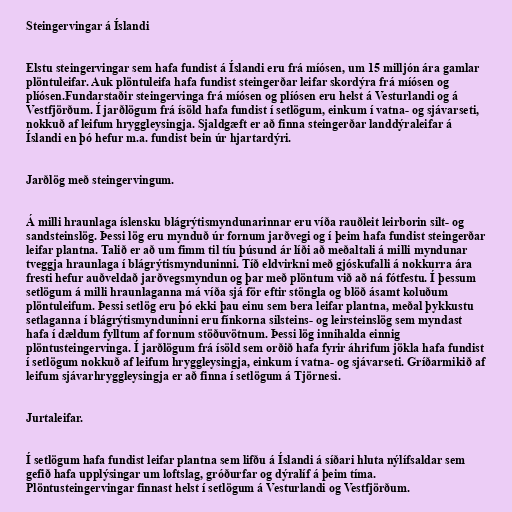
Steingervingar á Íslandi

Elstu steingervingar sem hafa fundist á Íslandi eru frá míósen, um 15 milljón ára gamlar
plöntuleifar. Auk plöntuleifa hafa fundist steingerðar leifar skordýra frá míósen og
plíósen.Fundarstaðir steingervinga frá míósen og plíósen eru helst á Vesturlandi og á
Vestfjörðum. Í jarðlögum frá ísöld hafa fundist í setlögum, einkum í vatna- og sjávarseti,
nokkuð af leifum hryggleysingja. Sjaldgæft er að finna steingerðar landdýraleifar á
Íslandi en þó hefur m.a. fundist bein úr hjartardýri.

Jarðlög með steingervingum.

Á milli hraunlaga íslensku blágrýtismyndunarinnar eru víða rauðleit leirborin silt- og
sandsteinslög. Þessi lög eru mynduð úr fornum jarðvegi og í þeim hafa fundist steingerðar
leifar plantna. Talið er að um fimm til tíu þúsund ár líði að meðaltali á milli myndunar
tveggja hraunlaga í blágrýtismynduninni. Tíð eldvirkni með gjóskufalli á nokkurra ára
fresti hefur auðveldað jarðvegsmyndun og þar með plöntum við að ná fótfestu. Í þessum
setlögum á milli hraunlaganna má víða sjá för eftir stöngla og blöð ásamt koluðum
plöntuleifum. Þessi setlög eru þó ekki þau einu sem bera leifar plantna, meðal þykkustu
setlaganna í blágrýtismynduninni eru fínkorna silsteins- og leirsteinslög sem myndast
hafa í dældum fylltum af fornum stöðuvötnum. Þessi lög innihalda einnig
plöntusteingervinga. Í jarðlögum frá ísöld sem orðið hafa fyrir áhrifum jökla hafa fundist
í setlögum nokkuð af leifum hryggleysingja, einkum í vatna- og sjávarseti. Gríðarmikið af
leifum sjávarhryggleysingja er að finna í setlögum á Tjörnesi.

Jurtaleifar.

Í setlögum hafa fundist leifar plantna sem lifðu á Íslandi á síðari hluta nýlífsaldar sem
gefið hafa upplýsingar um loftslag, gróðurfar og dýralíf á þeim tíma.
Plöntusteingervingar finnast helst í setlögum á Vesturlandi og Vestfjörðum.